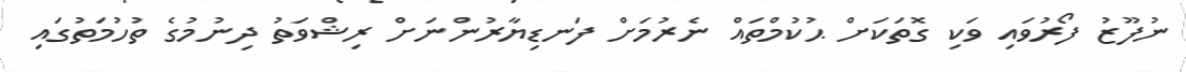
ނުފޫޒު ފޯރުވައި ވަކި ގޮތަކަށް ޙުކުމްތައް ނެރުމަށް ފަނޑިޔާރުންނަށް ރިޝްވަތު ދިނުމުގެ ތުހުމަތުގައި